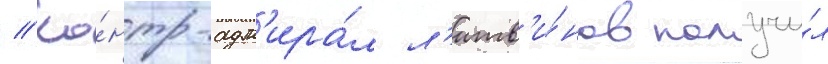
// Ко́нтр-адм'ира́л л'итв'и́нов получи́л